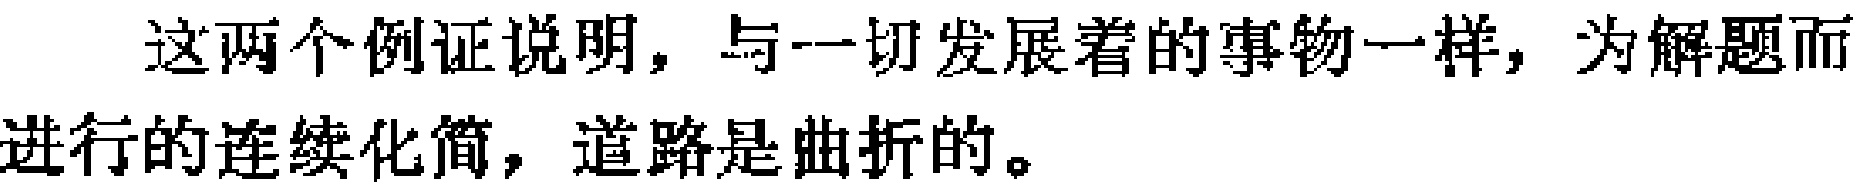
这两个例证说明，与一切发展着的事物一样，为解题而进行的连续化简，道路是曲折的。